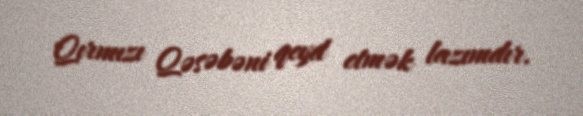
Qırmızı Qəsəbəni qeyd etmək lazımdır.